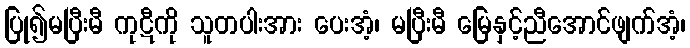
ပြု၍မပြီးမီ ကုဋီကို သူတပါးအား ပေးအံ့၊ မပြီးမီ မြေနှင့်ညီအောင်ဖျက်အံ့၊